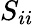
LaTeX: S_{ii}